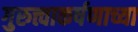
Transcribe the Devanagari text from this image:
गुरुत्त्वाकर्षणाच्या